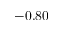
- 0 . 8 0